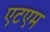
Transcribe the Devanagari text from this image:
एटएम